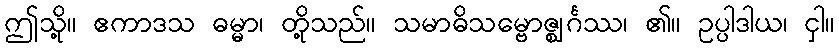
ဤသို့။ ဧကာဒသ ဓမ္မာ၊ တို့သည်။ သမာဓိသမ္ဗောဇ္ဈင်္ဂဿ၊ ၏။ ဥပ္ပါဒါယ၊ ငှါ။